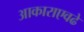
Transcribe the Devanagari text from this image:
आकाराएवढे